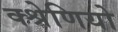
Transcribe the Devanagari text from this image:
क्श्रेणियो